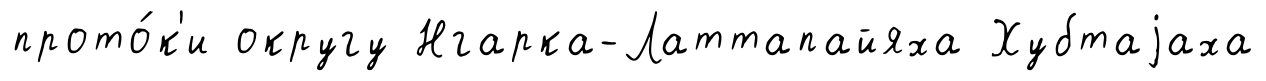
прото́к'и округу Нгарка-Латтапайяха Хубтаjаха